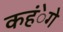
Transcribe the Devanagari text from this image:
कहंेगे